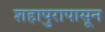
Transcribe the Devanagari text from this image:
शहापुरापासून